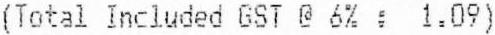
(TOTAL INCLUDED GST @ 6% : 1.09)